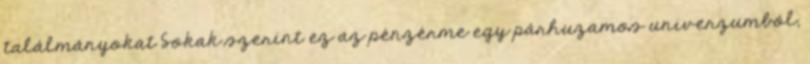
találmányokat Sokak szerint ez az pénzérme egy párhuzamos univerzumból,